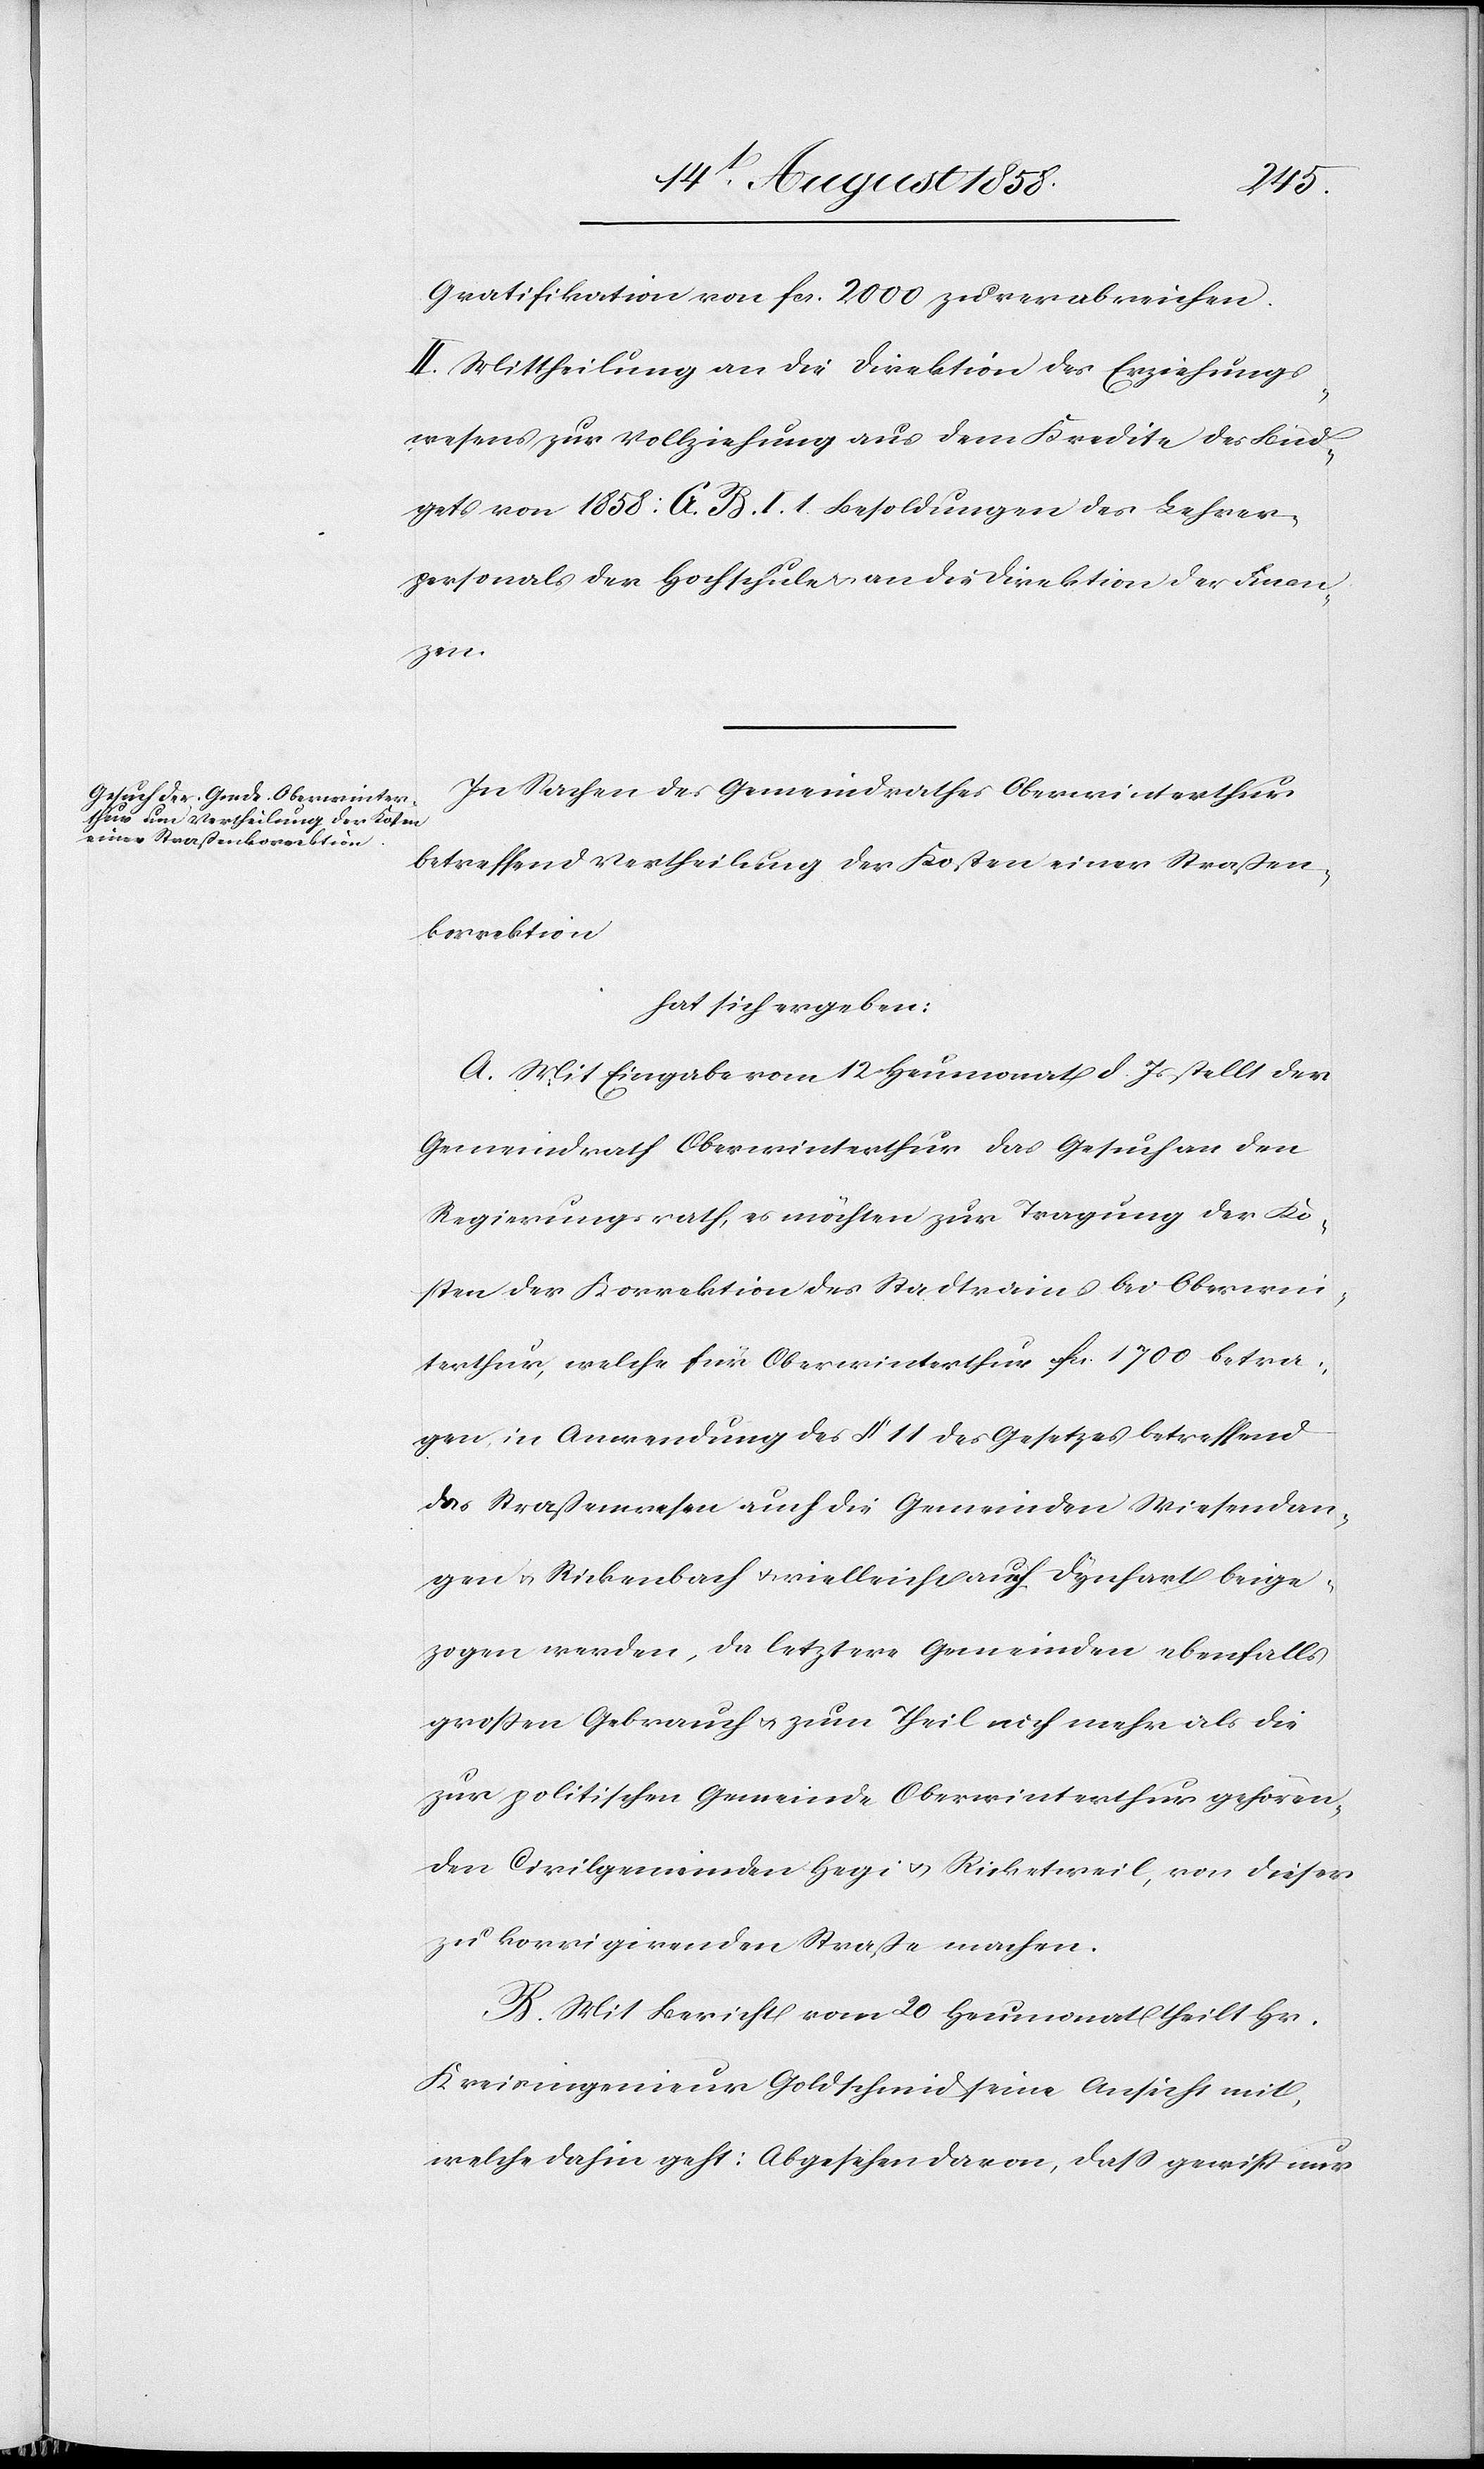
Gratifikation von fcs. 2000 zu verabreichen.
II. Mittheilung an die Direktion des Erziehungs¬
wesens zur Vollziehung aus dem Kredite des Büd¬
gets von 1858: G. B. I. 1. Besoldungen des Lehrer¬
personals der Hochschule & an die Direktion der Finan¬
zen.
In Sachen des Gemeindrathes Oberwinterthur
betreffend Vertheilung der Kosten einer Straßen¬
korrektion
hat sich ergeben:
A. Mit Eingabe vom 12 Heumonat d. Js stellt der
Gemeindrath Oberwinterthur das Gesuch an den
Regierungsrath, es möchten zur Tragung der Ko¬
sten der Korrektion des Stadtrains bei Oberwin¬
terthur, welche für Oberwinterthur fcs. 1700 betra¬
gen, in Anwendung des § 11 des Gesetzes betreffend
das Straßenwesen auch die Gemeinden Wiesendan¬
gen & Rickenbach & vielleicht auch Dynhart beige¬
zogen werden, da letztere Gemeinden ebenfalls
großen Gebrauch & zum Theil noch mehr als die
zur politischen Gemeinde Oberwinterthur gehören¬
den Civilgemeinden Hegi & Ricketweil, von dieser
zu korrigirenden Straße machen.
B. Mit Bericht vom 20 Heumonat theilt Hr.
Kreisingenieur Goldschmid seine Ansicht mit,
welche dahin geht: Abgesehen davon, dass gewiß nur